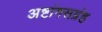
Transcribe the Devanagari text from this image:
अष्टांगसग्रंह